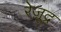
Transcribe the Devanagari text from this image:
रेज़ूद्र